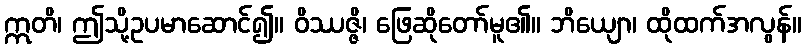
ဣတိ၊ ဤသို့ဥပမာဆောင်၍။ ဝိဿဇ္ဇိ၊ ဖြေဆိုတော်မူ၏။ ဘိယျော၊ ထိုထက်အလွန်။